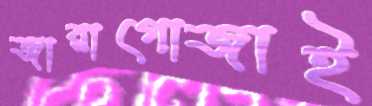
জারাগোজাই